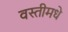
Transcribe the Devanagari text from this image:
वस्तीमधे